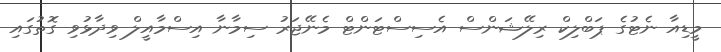
މީޑިއާ ނެޓުގެ ޕަބްލިކް ރިލޭޝަންސް އެސިސްޓަންޓް މެނޭޖަރު ސިމާނާ އިސްމާއީލް ވިދާޅުވި ގޮތުގައި